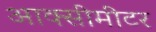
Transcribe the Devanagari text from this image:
आक्सीमीटर